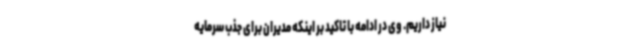
نیاز داریم. وی در ادامه با تاکید بر اینکه مدیران برای جذب سرمایه